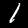
Label: 1